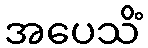
အပေသိံ